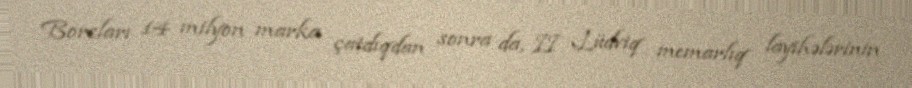
Borcları 14 milyon marka çatdıqdan sonra da, II Lüdviq memarlıq layihələrinin